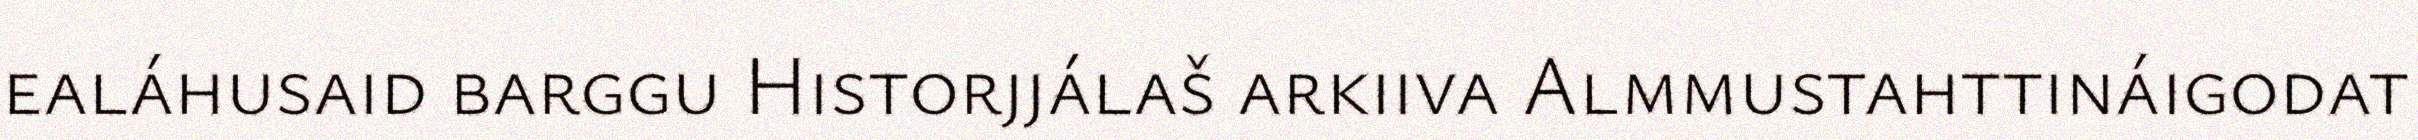
ealáhusaid barggu Historjjálaš arkiiva Almmustahttináigodat